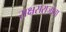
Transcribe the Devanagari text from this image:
राक्षसराजांचा